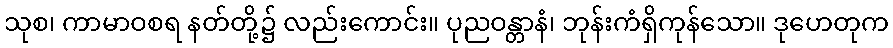
သုစ၊ ကာမာဝစရ နတ်တို့၌ လည်းကောင်း။ ပုညဝန္တာနံ၊ ဘုန်းကံရှိကုန်သော။ ဒုဟေတုက